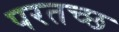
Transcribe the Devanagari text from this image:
परतच्‍छ